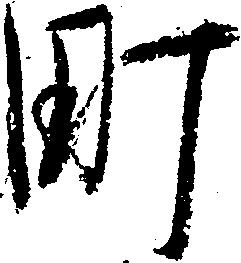
町